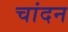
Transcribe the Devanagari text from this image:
चांदन